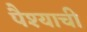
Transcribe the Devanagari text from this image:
पैश्याची